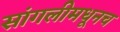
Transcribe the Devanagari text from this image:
सांगलीमधूनच